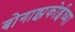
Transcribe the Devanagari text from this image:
बोगाझकोईच्या